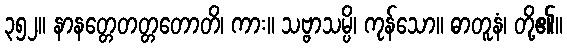
၃၅၂။ နာနတ္တေတတ္တတောတိ၊ ကား။ သဗ္ဗာသမ္ပိ၊ ကုန်သော။ ဓာတူနံ၊ တို့၏။